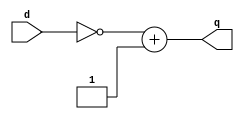
module twoCompliment(input [31:0] d,output [31:0] q);
	assign q = ~d + 1'b1;
endmodule